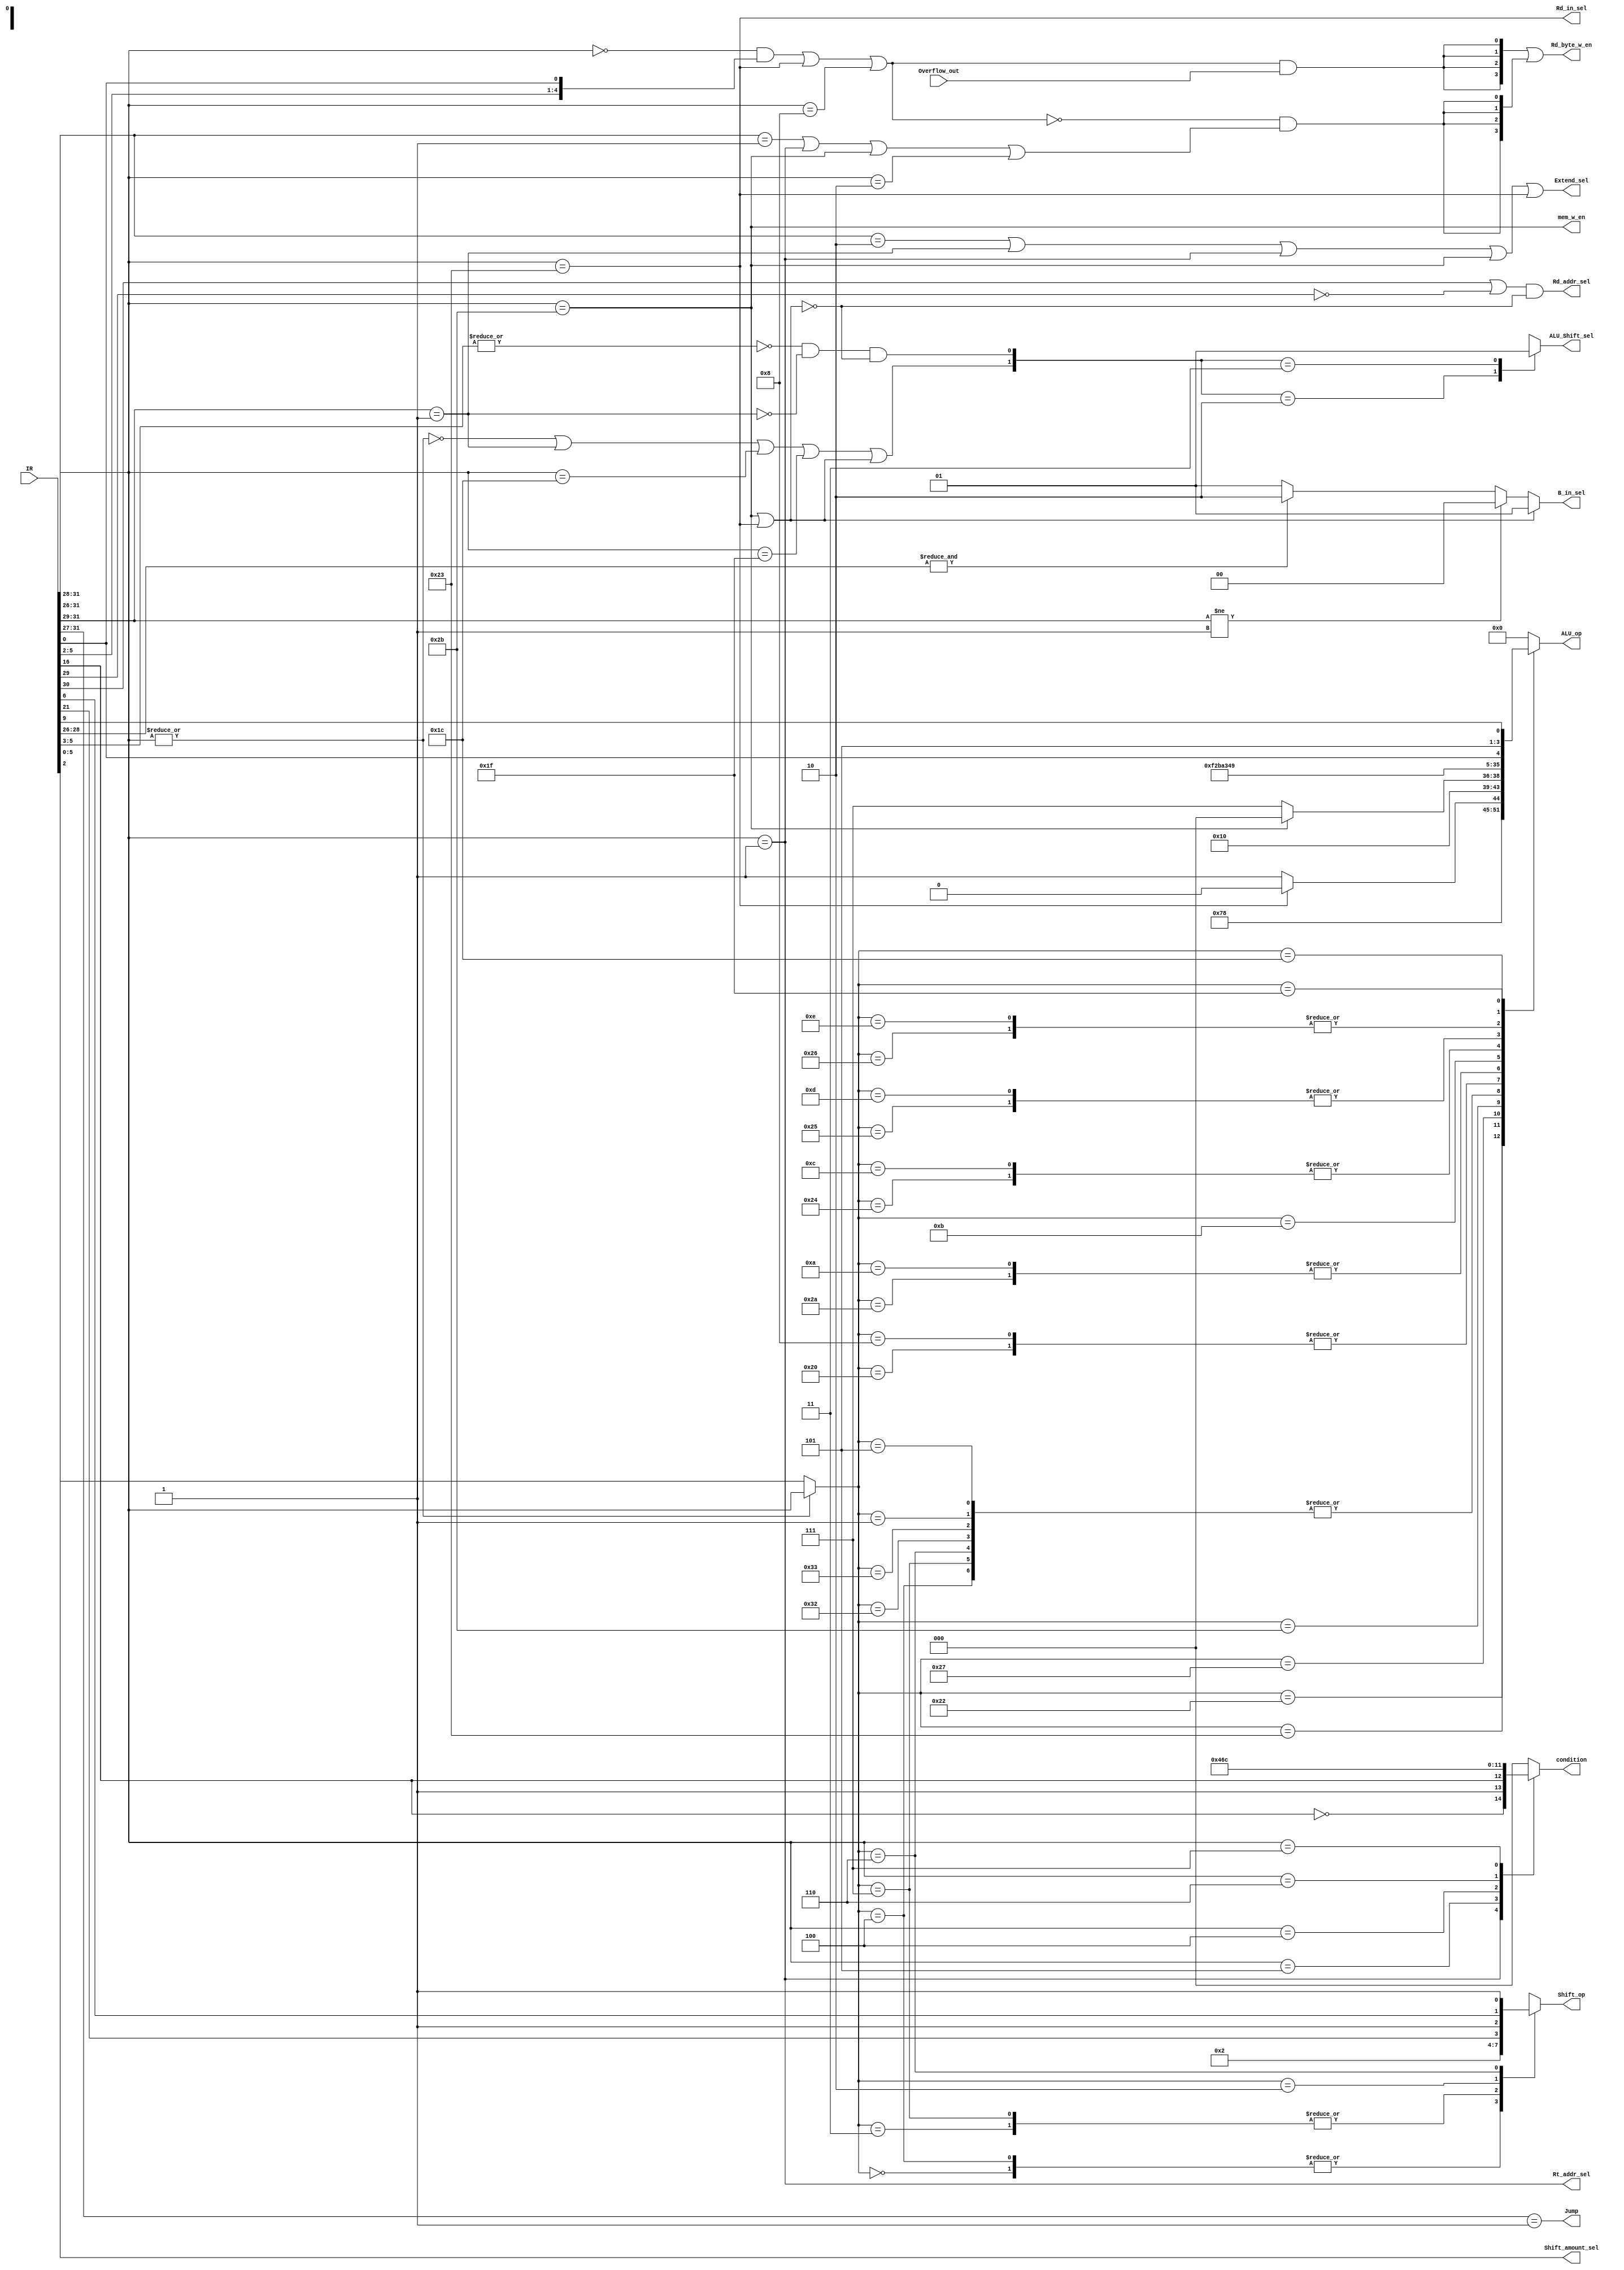
`timescale 1ns / 1ps

module controller (
    input     [31:0] IR,                // I want more information
    input            Overflow_out,      // The overflow signal sent by ALU
    output           Jump,              // Enable absolute jump when Jump = 1
    output           Extend_sel,        // Extend IR[15:0] by its msb when Extend_sel = 1
    output           Rd_addr_sel,       // Select the dest register address source: 1 is Rd, 0 is Rt
    output           Rt_addr_sel,       // Select the second operand source: 1 is 0, 0 is Rt
    output reg       ALU_Shift_sel,     // Select the result: 1 is Shift, 0 is ALU
    output           Shift_amount_sel,  // Select the shift amount source: 1 is R[Rs], 0 is IR[10:6]
    output     [1:0] B_in_sel,          // Select the source of THE SECOND OPERAND OF ALU
    output reg [3:0] ALU_op,            // Select the ALU operation
    output reg [1:0] Shift_op,          // Select the shift operation
    output reg [2:0] condition,         // Select which condition to judge branch
    output     [3:0] Rd_byte_w_en,      // Enable writing to R[Rd] when Rd_byte_w_en is 1111B
    output           Rd_in_sel,          // Select memory or alu/shift
    output           mem_w_en
);

wire [5:0] Op = IR[31:26];    // The opecode of instructions, which equals to IR[31:16]
wire [5:0] Func = IR[5:0];  // Decide ALU_op

//
// Opecode
//
parameter ALU   = 6'b000000;  // A set of arithmetic operations using ALU; detailed by Func
parameter BLG   = 6'b000001;  // BLTZ and BGEZ; their results are opposite; indicated by other fields; so they share the opecode
parameter BEQ   = 6'b000100;  // Branch equal; containing a fake instruction `B(absolute branch)'
parameter BNE   = 6'b000101;  // Branch not equal; opposite to BEQ
parameter BLE   = 6'b000110;  // Although it is BLEZ in the book; it can be noticed that it is have constant 0 in instruction
parameter BGT   = 6'b000111;
parameter JMP   = 6'b000010;
// The following arithmetic instructions using Imm has opecode 001XXX; where XXX = Func[2:0]
parameter ADDI  = 6'b001000;  // ADD using Imm
parameter ADDIU = 6'b001001;  // ADDU using Imm
parameter SLTI  = 6'b001010;  // SLT using Imm
parameter SLTIU = 6'b001011;  // SLTIU using Imm
parameter ANDI  = 6'b001100;  // AND using Imm
parameter ORI   = 6'b001101;  // OR using Imm
parameter XORI  = 6'b001110;  // XORI using Imm
// End; see above
parameter LUI   = 6'b001111;
parameter CLZ   = 6'b011100;  // CLZ and CLO; distinguished by Func
parameter SE    = 6'b011111;  // SEB and SEH; distinguished by Rd
// Bonus
// The two will use rt field and imm field to calc address
parameter LW    = 6'b100011;
parameter SW    = 6'b101011;

//
// Func
//
parameter FUNC_ADD   = 6'b100000;
parameter FUNC_ADDU  = 6'b100001;
parameter FUNC_SUB   = 6'b100010;
parameter FUNC_SUBU  = 6'b100011;
parameter FUNC_AND   = 6'b100100;
parameter FUNC_OR    = 6'b100101;
parameter FUNC_XOR   = 6'b100110;
parameter FUNC_NOR   = 6'b100111;
parameter FUNC_SLT   = 6'b101010;
parameter FUNC_SLTU  = 6'b101011;
parameter FUNC_TLT   = 6'b110010;
parameter FUNC_TLTU  = 6'b110011;
parameter FUNC_CLZ   = 6'b100000;
parameter FUNC_CLO   = 6'b100001;
parameter FUNC_SEB   = 6'b100000;
parameter FUNC_SEH   = 6'b100000;
parameter FUNC_SLL   = 6'b000000;
parameter FUNC_SLLV  = 6'b000100;
parameter FUNC_SRA   = 6'b000011;
parameter FUNC_SRAV  = 6'b000111;
parameter FUNC_SRL   = 6'b000010;  // wtf IR[25:21] = 5'b0000
parameter FUNC_SRLV  = 6'b000110;  // wtf IR[10:6]  = 5'b0000
parameter FUNC_ROTR  = 6'b000010;  // wtf IR[25:21] = 5'b0001
parameter FUNC_ROTRV = 6'b000110;  // wtf IR[10:6]  = 5'b0001


//
// Rd_byte_en
//

// Rd_byte_en_sel: select the output of Rd_byte_en
//   00: 4'b0000
//   01: 4'b1111
//   1x: according to Overflow
// NOTE: Rd_byte_en = 4'b0000 allows writing to R[Rd]
//
wire [1:0] Rd_byte_en_sel;
// Overflow effectiveness
// Only ADD, SUB, ADDI will set Rd_w_en according to the Overflow_out from ALU
// Their binaries:
//   ADD:  000000 100000
//   SUB:  000000 100010
//   ADDI: 001000 XXXXXX
assign Rd_byte_en_sel[1] = ((Op == ALU) && {Func[5:2], Func[0]})  // AND or SUB, Func[5] is always 1
                           || (Op == LW)
                           || (Op == ADDI);  // ADDI, although Op[5] is always zero...

// Rd_byte can always be 4'b1111:
//   BXX can be simplified as 6'b0001xx and 6'b000001
assign Rd_byte_en_sel[0] = (Op[5:2] == 4'b0001)  // BXX other than BLG
                           || (Op == BLG)        // BLG is 6'b000001
                           || (Op == SW)
                           || (Op == JMP);       // JMP

assign Rd_byte_w_en = {4{Rd_byte_en_sel[1] & Overflow_out}}  // Rd_byte_en_sel[1] = 1 allows Overflow_out to pass
                    | {4{!Rd_byte_en_sel[1] & Rd_byte_en_sel[0]}};  // ...[1] = 0 allows ...[0] to pass, exclusively.

//
// condition
//
always @(Op, IR) begin
    case (Op)
    // The IR[16] of BLTZ is 0B while 1B in BGEZ
    // The BLTZ and BGEZ can only be distinguished from this bit
    BLG: condition = {!IR[16], 1'b1, IR[16]};  // 110 -> 'less than', 011 -> 'greater than and equal to'
    BNE: condition = 3'b010;                   // not equal to
    BEQ: condition = 3'b001;                   // equal to
    BLE: condition = 3'b101;                   // less than and equal to
    BGT: condition = 3'b100;                   // greater than
    default: condition = 3'b000;               // don't jump
    endcase
end

//
// Shift_op
//
// A remapped opcode, when Op == 6'b000000, it uses Func field;
//                    when Op != 6'b000000, it uses Op itself.
//
wire is_arith = !(|Op);
wire [5:0] arith_op_masked = is_arith ? Func : Op;
always @(arith_op_masked, IR[21], IR[6]) begin
    case (arith_op_masked)
    FUNC_SLL : Shift_op = 2'b00;
    FUNC_SLLV: Shift_op = 2'b00;
    FUNC_SRA : Shift_op = 2'b10;
    FUNC_SRAV: Shift_op = 2'b10;
    FUNC_SRL : Shift_op = {IR[21], 1'b1};  // Can become 2'b11, ROTR
    FUNC_SRLV: Shift_op = {IR[6],  1'b1};  // Can become 2'b11, ROTRV
    default: Shift_op = 6'bxxxxxx;
    endcase
end

//
// ALU_op
// TODO: LUT is low, try logic function.
//
always @(arith_op_masked, Func[0], IR[6]) begin
    case (arith_op_masked)
    FUNC_ADD:  ALU_op = 4'b1110;  // ADD
    FUNC_ADDU: ALU_op = 4'b0000;  // ADDU
    FUNC_SUB:  ALU_op = 4'b1111;  // SUB
    FUNC_SUBU: ALU_op = (Op == LW) ? 4'b0000 : 4'b0001;  // SW or SUBU
    FUNC_AND:  ALU_op = 4'b0100;  // AND
    FUNC_OR:   ALU_op = 4'b0110;  // OR
    FUNC_XOR:  ALU_op = 4'b1001;  // XOR
    FUNC_NOR:  ALU_op = 4'b1000;  // NOR
    FUNC_SLT:  ALU_op = 4'b0101;  // SLT
    FUNC_SLTU: ALU_op = (Op == SW) ? 4'b0000 : 4'b0111;  // LW or SLTU
    FUNC_TLT:  ALU_op = 4'b0001;  // SUBU
    FUNC_TLTU: ALU_op = 4'b0001;  // SUBU
    BLG:       ALU_op = 4'b0001;  // SUBU
    BEQ:       ALU_op = 4'b0001;  // SUBU
    BNE:       ALU_op = 4'b0001;  // SUBU
    BGT:       ALU_op = 4'b0001;  // SUBU
    BLE:       ALU_op = 4'b0001;  // SUBU
    ADDI:      ALU_op = 4'b1110;  // ADD
    ADDIU:     ALU_op = 4'b0000;  // ADDU
    SLTI:      ALU_op = 4'b0101;  // SLT
    SLTIU:     ALU_op = 4'b0111;  // LW or SLTU
    ANDI:      ALU_op = 4'b0100;  // AND
    ORI:       ALU_op = 4'b0110;  // OR
    XORI:      ALU_op = 4'b1001;  // XOR
    LUI:       ALU_op = 4'b0000;  // LUI
    CLZ:       ALU_op = {3'b001, Func[0]};  // 0: CLZ, 1: CLO
    SE:        ALU_op = {3'b101, IR[9]};    // 0: SEB, 1: SEH
    default:   ALU_op = 4'b0000;
    endcase
end

//
// B_in_sel
//
wire is_lui = &Op[2:0];  // lui is 001 111, 111 is distinguished among xxi, lw and sw avoid this.
assign B_in_sel = (Op == SW || Op == LW) ? 2'b01 :
                  (Op[5:3] != 3'b001) ? 2'b00 :  // arith without imm, cl?, se?
                  (is_lui) ? 2'b10 :             // lui
                  2'b01;                         // ext_imm, offset

//
// Shift_amount_sel, ALU_Shift_sel
// As shift is used in a few of cases. We only need to promise the ALU_Shift_sel
// to be exactly correct!
//
assign Shift_amount_sel = Func[2];
// We can simplify the Shift Func into 6'b000xxx because the missing 6'b000101 is
// a float point instruction whose Op is not 6'b000000
// But the arithmetic instruction with imm operand has nothing to do with Func field
// which means the Func field in *i instructions may cause an unexpected is_shift == 1
wire is_mem = Op == LW || Op == SW;
wire is_shift = !(|Func[5:3]);
wire is_arith_i = Op[5:3] == 3'b001;
wire is_alu = is_arith || is_arith_i || Op == CLZ || Op == SE || is_mem;
always @(*) begin
    case ({is_alu, is_shift & !is_arith_i & !is_mem})
    2'b00: ALU_Shift_sel = 1'bx;
    2'b01: ALU_Shift_sel = 1'bx;
    2'b10: ALU_Shift_sel = 1'b0;
    2'b11: ALU_Shift_sel = 1'b1;
    default: ALU_Shift_sel = 1'bx;
    endcase
end

//
// Rt_addr_sel
// Typically, the instruction using imm operand can ignore Rt_addr_sel but focusing on the B_in_sel.
// In other situation, Rt_addr_sel is always 0, namely using the Rt embeded in the instruction.
// But BGEZ will force the Rt_addr_sel to 1, as we don't have any information about its feature
// other than the Op code itself.
// Moreover, the I-type always use rt as the destination register, which will act as Rd
// As the Rt_addr_sel = 1 is so special, we can left all the not-care situation use the 1
//

assign Rt_addr_sel = (Op == BLG);  // BLG contains BLTZ and BGEZ, both of them expect $zero, promising the correctness.


//
// Rd_addr_sel
//
// The expanse of the easy assignment of Rt_addr_sel is the relative complexity of Rd_addr_sel
// The arithmetic operation with opecode equals to zero will use the Rd code in the instruction
// while those which use imm operand will use the Rt code in the instruction.
// Other instructions may doesn't need a register to store their result. Typically they will hard-encode
// the Rd operand pointing to $zero (and disable the write enable), otherwise they have a convention that Rd == Rt.
// So a simple function is that we only recognize the instruction using imm, and let all the other situations to be 1
//

assign Rd_addr_sel = (Op[4] || !Op[3]) && !is_mem;
//~~~~~~~~~~~~~~~~~~~~~~^~~ To avoid clz/clo, seb/seh


//
// Extend_sel
//
// The instructions using imm all have the opcode 6'b001xxx,
// but the arithmetic instructions use sign-extended imm while
// the logic instructions use the zero-extended imm. The previous
// ones have an opcode starting with 4'b0010, and the later starting
// with 4'b0011. Taking into consideration that no instructions
// starting with 2'b01 will use the imm_ex input, and currently we
// don't have instructions with opcode starting with 2'b11, we can
// just compare the 2 bits in the middle to find whether it is an
// arithmetic instructions needing sign-extending or logic instructions
// needing zero-extending
// But, don't forget the branch, sw and lw
assign Extend_sel = (Op[5:2] == 4'b0010) || // arithmetic imm
                    (Op[5:3] == 3'b001)  || // branch instr offset
                    (Op == BLG)          || // branch instr offset
                    (Op == SW)           || // sw mem offset
                    (Op == LW);             // lw mem offset

//
// J
// use JAL(000011) to simplify
//
assign Jump = (Op[5:1] == 5'b00001);

//
// Rd_in_sel
//
assign Rd_in_sel = (Op == LW);

//
// mem_w_en
//
assign mem_w_en = (Op == SW);

endmodule